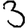
Digit: 3